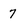
Character: 7